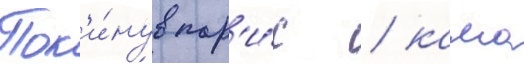
Пок'и́нув пар'и́ж / камо